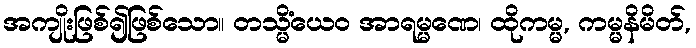
အကျိုးဖြစ်၍ဖြစ်သော။ တသ္မိံယေဝ အာရမ္မဏေ၊ ထိုကမ္မ, ကမ္မနိမိတ်,